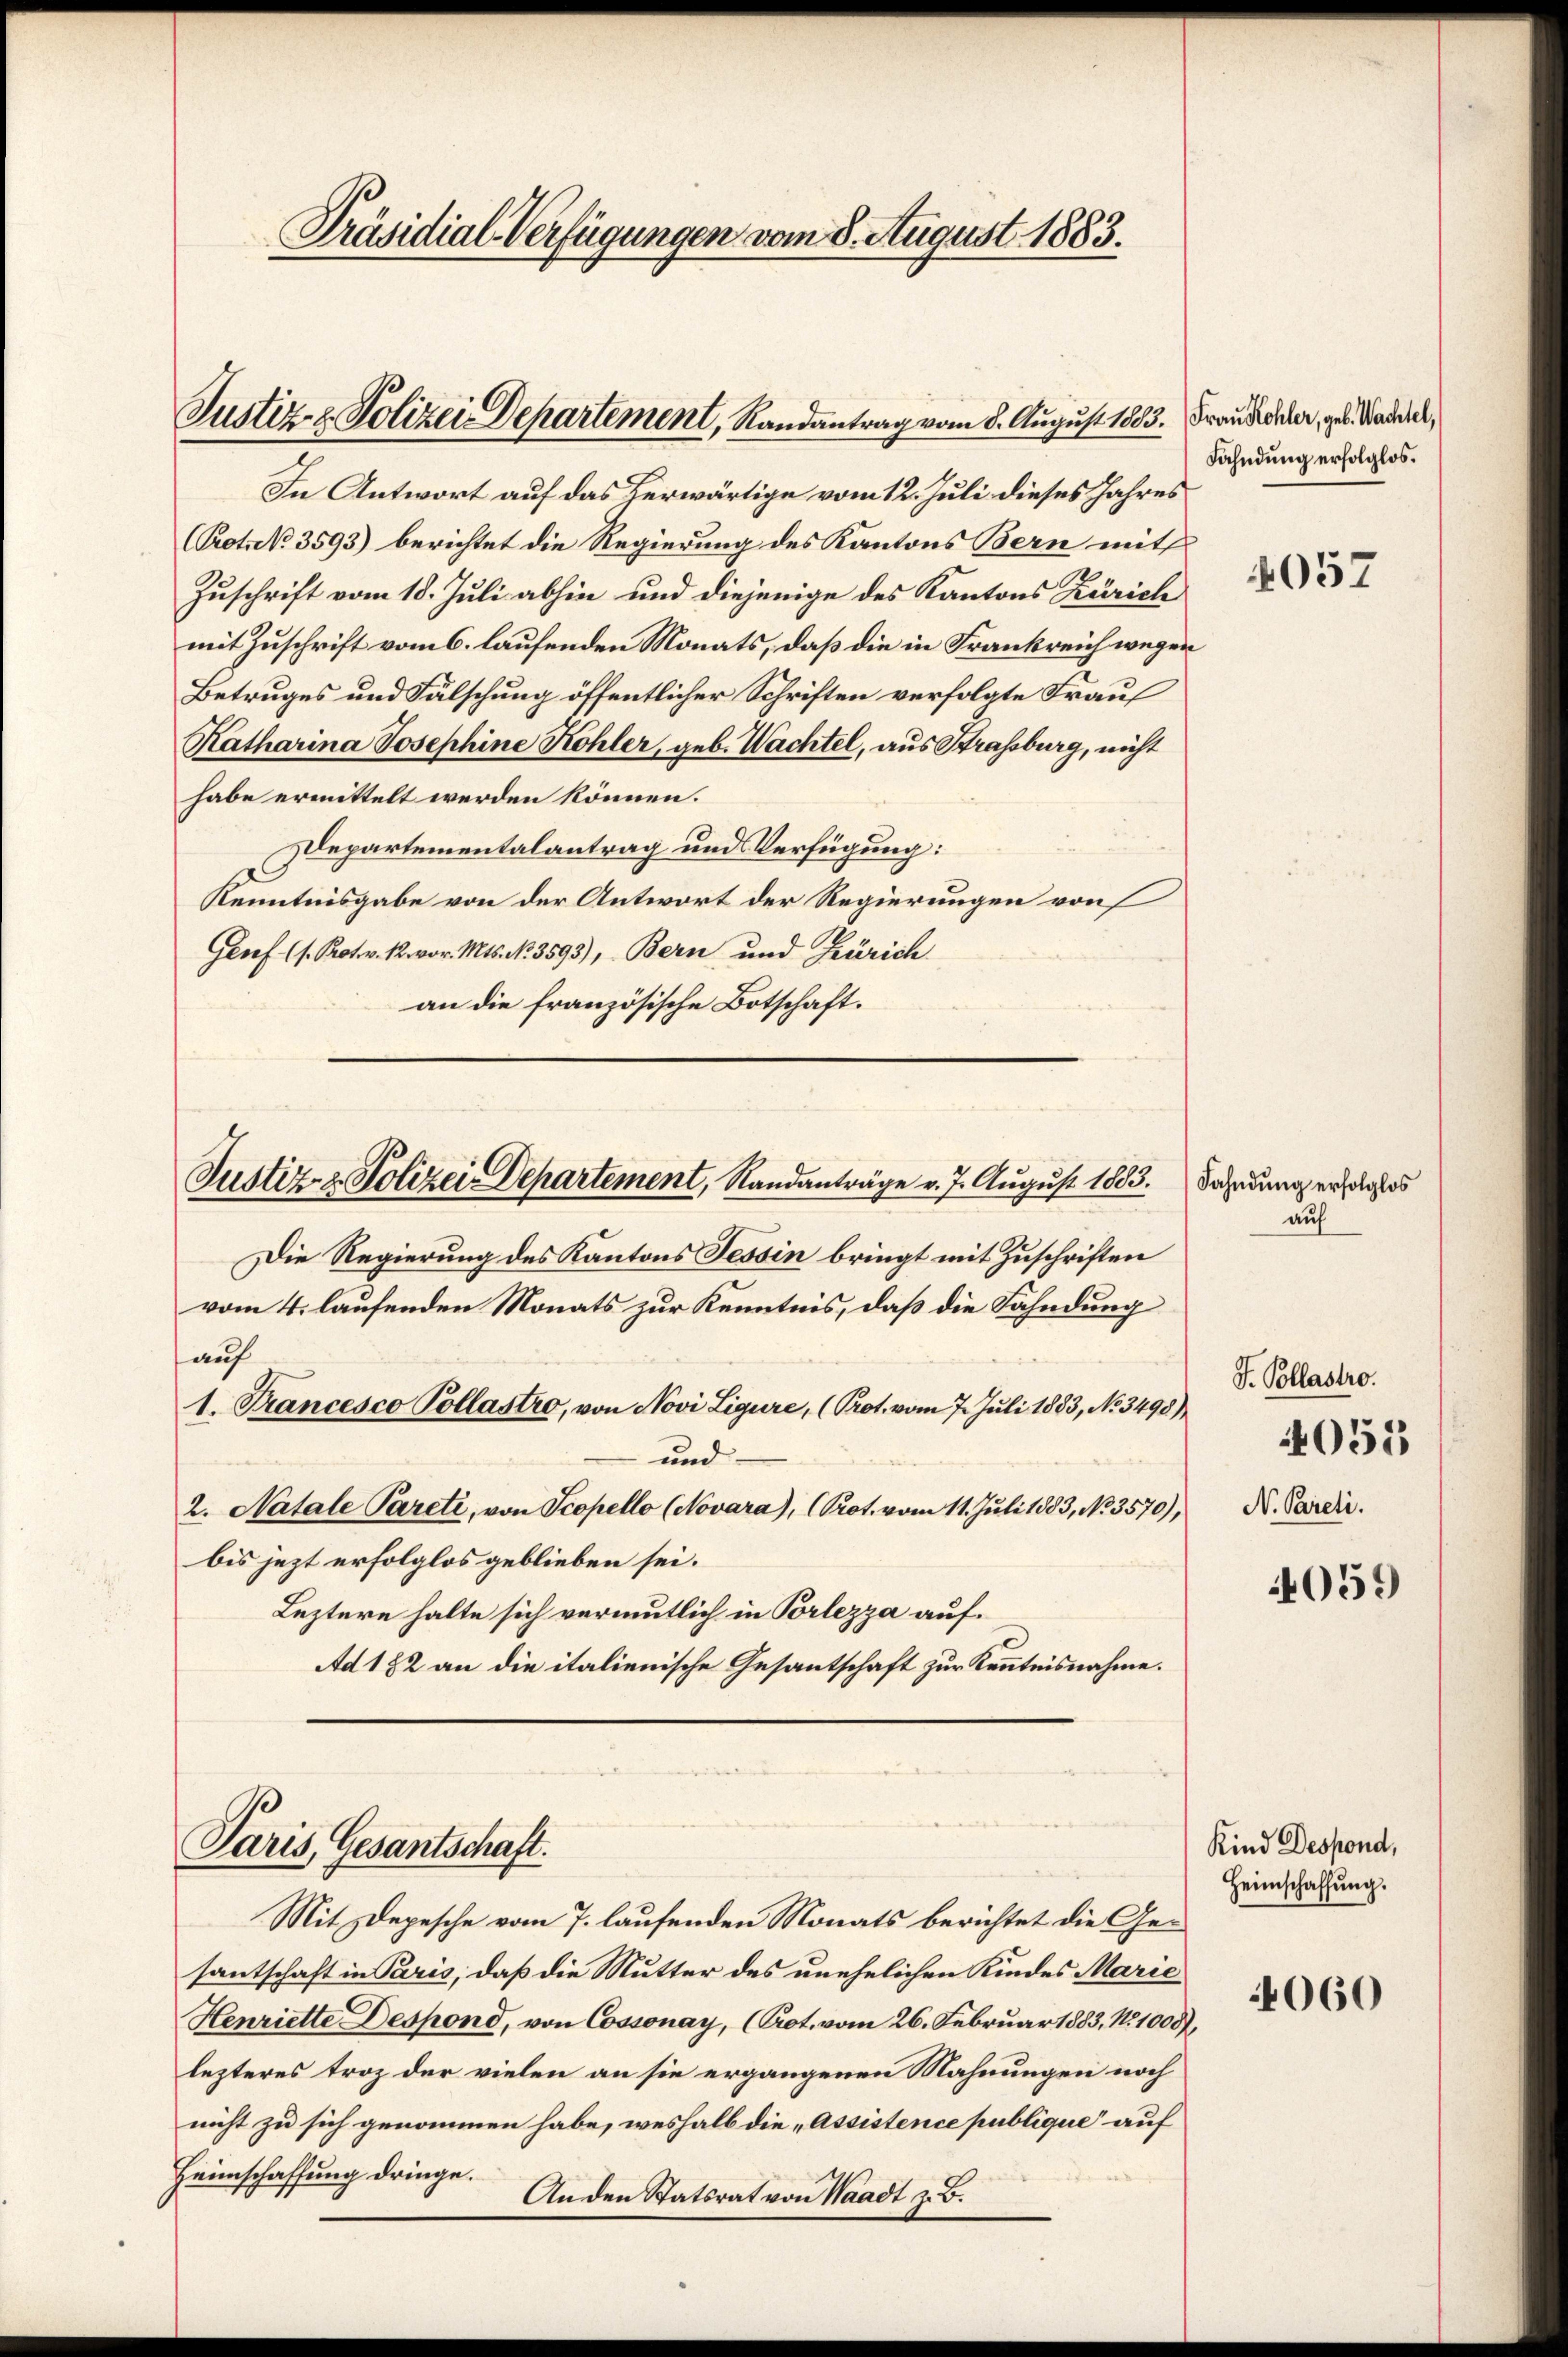
Präsidial-Verfügungen vom 8. August 1883.

Justiz- & Polizei Departement, Randantrag vom 8. August 1803. Frau Kocher, geb. Nadel,

Justiz- & Polizei-Departement, Standanträge v. 7. August 1883.

Paris, Gesantschaft.

In Antwort auf das herwärtige vom 12. Juli dieses Jahres
(Prot. No. 3593) berichtet die Regierung des Kantons Bern mit
Zuschrift vom 18. Juli abhin und diejenige des Kantons Zürich
mit Zuschrift vom 6. laufenden Monats, daß die in Frankreich wegen
Betruges und Fälschung öffentlicher Schriften verfolgte Frauf
Katharina Josephine Kohler, geb. Wachtel, aus Strassburg, nicht
habe ermittelt werden können.
Departementalantrag und Verfügung:
Kenntnisgabe von der Antwort der Regierungen von
Genf (s. Prot. v. 12. vor. Mts. No 3593), Bern und Zürich
an die französische Botschaft.

Die Regierung des Kantons Tessin bringt mit Zuschriften
vom 4. laufenden Monats zur Kenntnis, daß die Fahndung
auf
1. Krancesco Pollastro, von Novi Ligure, (Prot. vom 7. Juli 1883, No 3498)
und
2. Natale Pareté, von Scopello (Novara), (Prot. vom 11. Juli 1883, No. 3570),
bis jezt erfolglos geblieben sei.
Leztere halte sich vermutlich in Vorlezza auf¬
Ad 182 an die italienische Gesantschaft zur Kenntnisnahme.

Fahndung erfolglos.

Mit Depesche vom 7. laufenden Monats berichtet die Gesantschaft in Paris, daß die Mutter des unehelichen Kindes Marie
Henriette Despond, von Cossonay, (Prot. vom 26. Februar 1883, No 1008),
lezteres troz der vielen an sie ergangenen Mahnungen noch
nicht zu sich genommen habe, weshalb die „Assistence publique“ auf
Heimschaffung dringe.
Anden Statsrat von Waadt z. B.

4057

Fahndung erfolglos
auf

J. Pollastro.
N. Pareli.

4053

4059

Kind Despond,
Heimschaffung.

4060